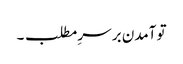
تو آمدن بر سرِ مطلب ۔